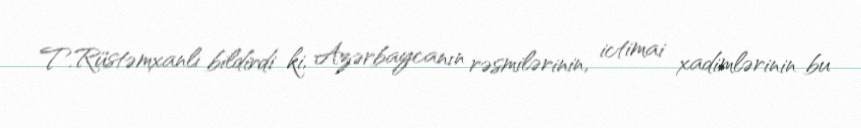
T.Rüstəmxanlı bildirdi ki, Azərbaycanın rəsmilərinin, ictimai xadimlərinin bu